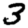
Digit: 3